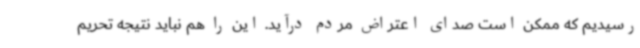
رسیدیم که ممکن است صدای اعتراض مردم درآید. این را هم نباید نتیجه تحریم